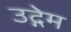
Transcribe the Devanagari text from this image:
उद्गेम